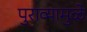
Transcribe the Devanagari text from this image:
पुराव्यामुळे